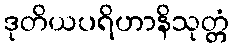
ဒုတိယပရိဟာနိသုတ္တံ